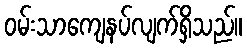
ဝမ်းသာကျေနပ်လျက်ရှိသည်။